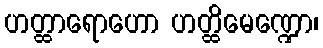
ဟတ္ထာရောဟော ဟတ္ထိမေဏ္ဍော၊